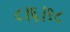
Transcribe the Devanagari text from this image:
८।६।१८